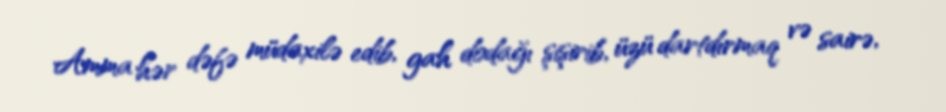
Amma hər dəfə müdaxilə edib, gah dodağı şişirib, üzü dartdırmaq və sairə,